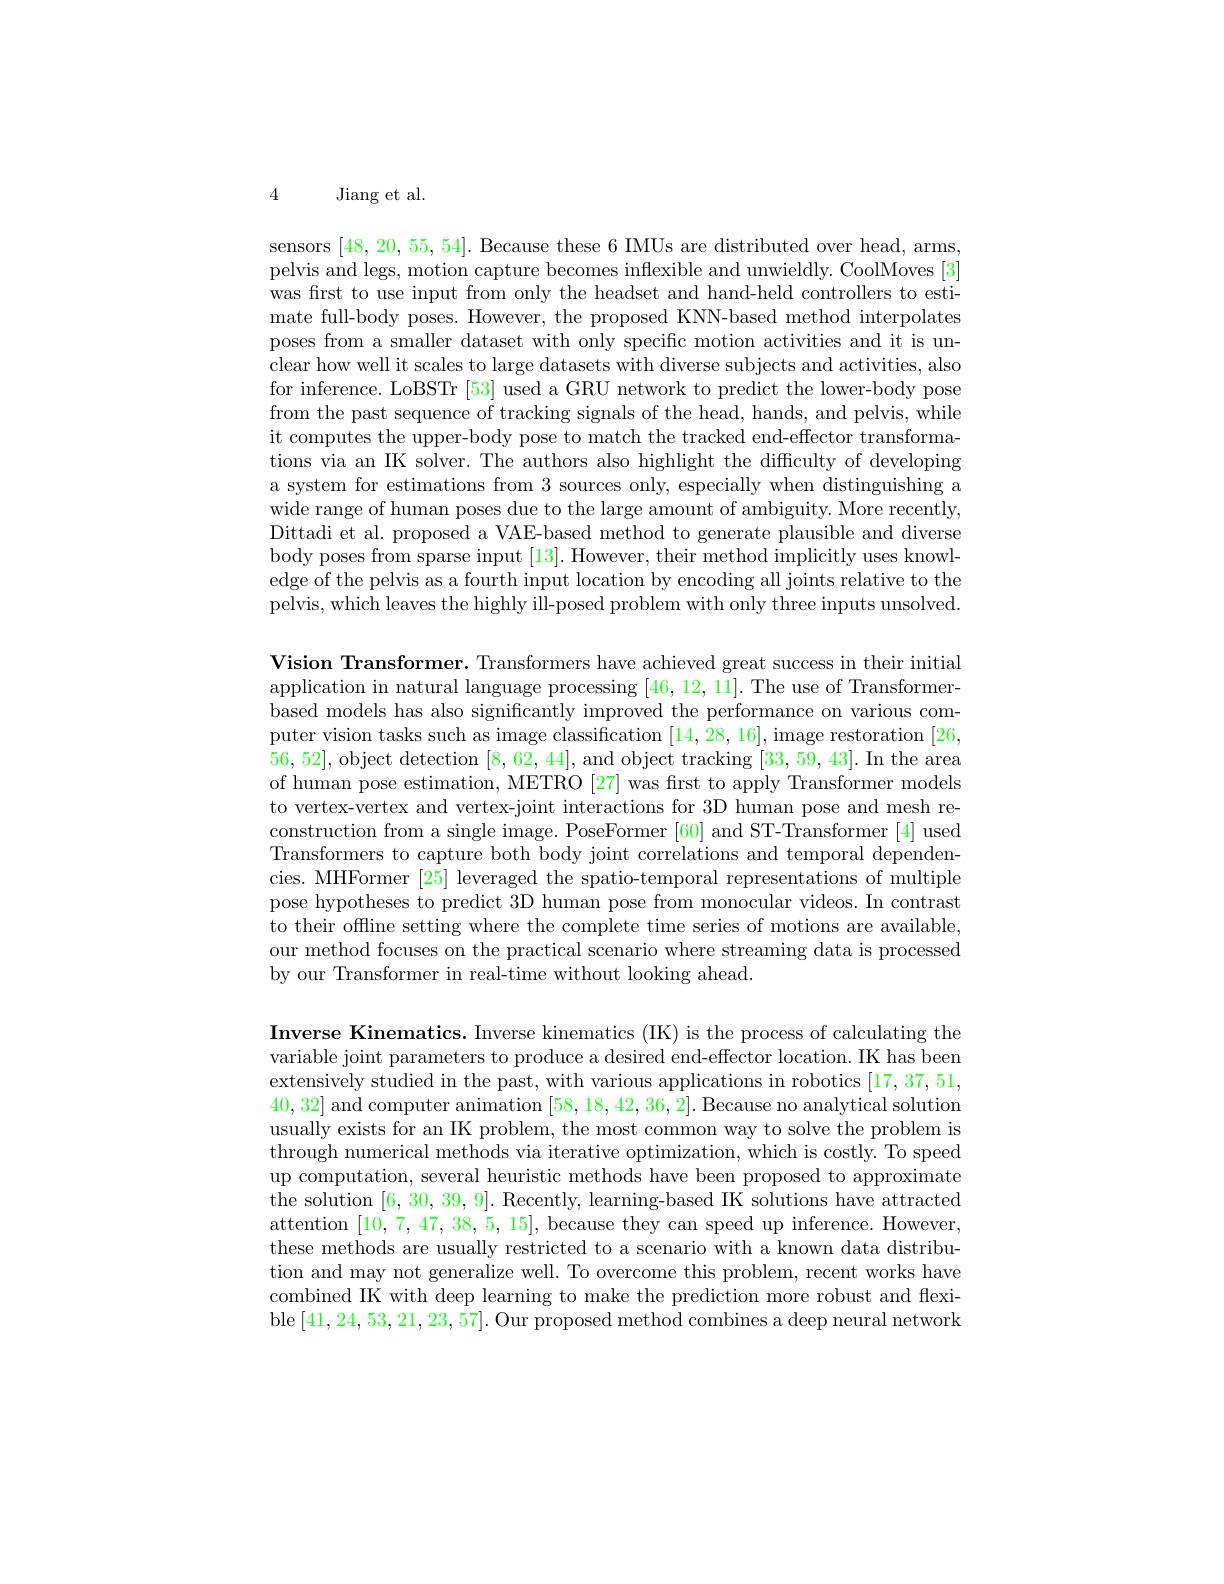
4

Jiang et al.

sensors [48,20,55,54]. Because these 6 IMUs are distributed over head, arms, pelvis and legs, motion capture becomes inflexible and unwieldly. CoolMoves [3] was first to use input from only the headset and hand-held controllers to estimate full-body poses. However, the proposed KNN-based method interpolates poses from a smaller dataset with only specific motion activities and it is unclear how well it scales to large datasets with diverse subjects and activities, also for inference. LoBSTr [53] used a GRU network to predict the lower-body pose from the past sequence of tracking signals of the head, hands, and pelvis, while it computes the upper-body pose to match the tracked end-effector transformations via an IK solver. The authors also highlight the difficulty of developing a system for estimations from 3 sources only, especially when distinguishing a wide range of human poses due to the large amount of ambiguity. More recently, Dittadi et al. proposed a VAE-based method to generate plausible and diverse body poses from sparse input [13]. However, their method implicitly uses knowledge of the pelvis as a fourth input location by encoding all joints relative to the pelvis, which leaves the highly ill-posed problem with only three inputs unsolved

Vision Transformer. Transformers have achieved great success in their initial application in natural language processing [46,12,11]. The use of Transformerbased models has also significantly improved the performance on various computer vision tasks such as image classification [14,28,16], image restoration [26, 56,52], object detection [8,62,44], and object tracking [33,59,43]. In the area of human pose estimation, METRO [27] was first to apply Transformer models to vertex-vertex and vertex-joint interactions for 3D human pose and mesh reconstruction from a single image. PoseFormer [60] and ST-Transformer [4] used Transformers to capture both body joint correlations and temporal dependencies. MHFormer [25] leveraged the spatio-temporal representations of multiple pose hypotheses to predict 3D human pose from monocular videos. In contrast to their offline setting where the complete time series of motions are available, our method focuses on the practical scenario where streaming data is processed by our Transformer in real-time without looking ahead.

Inverse Kinematics. Inverse kinematics (IK) is the process of calculating the variable joint parameters to produce a desired end-effector location. IK has been extensively studied in the past, with various applications in robotics [17,37,51, 40,32] and computer animation [58,18,42,36,2]. Because no analytical solution usually exists for an IK problem, the most common way to solve the problem is through numerical methods via iterative optimization, which is costly. To speed up computation, several heuristic methods have been proposed to approximate the solution [6,30,39,9]. Recently, learning-based IK solutions have attracted attention [10,7,47,38,5,15], because they can speed up inference. However, these methods are usually restricted to a scenario with a known data distribution and may not generalize well. To overcome this problem, recent works have combined IK with deep learning to make the prediction more robust and flexible[41,24,53,21,23,57]. Our proposed method combines a deep neural network